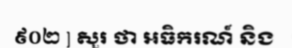
៩០២ ] សួរ ថា អធិករណ៍ និង